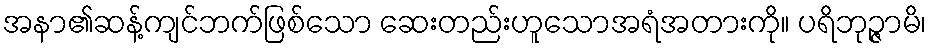
အနာ၏ဆန့်ကျင်ဘက်ဖြစ်သော ဆေးတည်းဟူသောအရံအတားကို။ ပရိဘုဉ္ဇာမိ၊